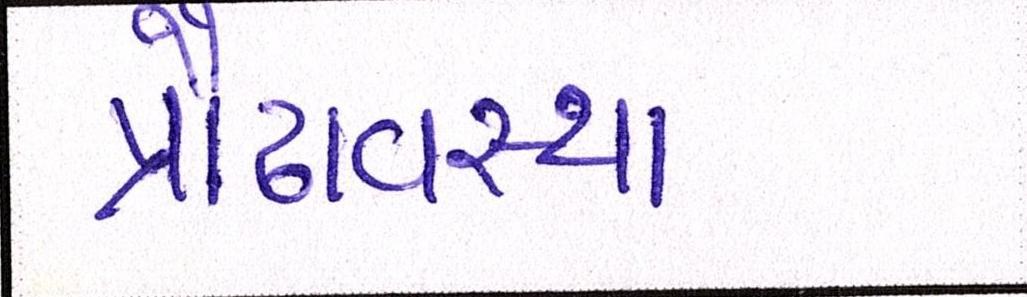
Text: પ્રૌઢાવસ્થા